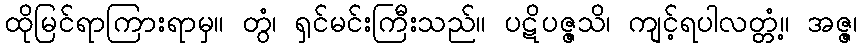
ထိုမြင်ရာကြားရာမှ။ တွံ၊ ရှင်မင်းကြီးသည်။ ပဋိပဇ္ဇသိ၊ ကျင့်ရပါလတ္တံ့။ အဇ္ဇ၊